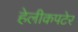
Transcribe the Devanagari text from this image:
हेलीकपटेर